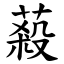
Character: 蔱